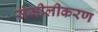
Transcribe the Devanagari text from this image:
संमीलीकरण